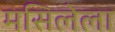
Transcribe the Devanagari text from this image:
मसिलेला